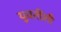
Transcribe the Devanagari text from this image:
युवतींशी